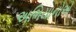
અભિયાનોએ